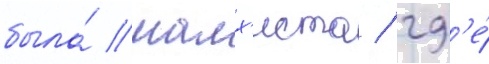
была́ малх'иста / гд'е́